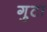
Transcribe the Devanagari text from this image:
गुटा